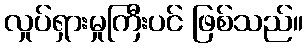
လှုပ်ရှားမှုကြီးပင် ဖြစ်သည်။